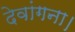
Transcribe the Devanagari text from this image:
देवांगना।